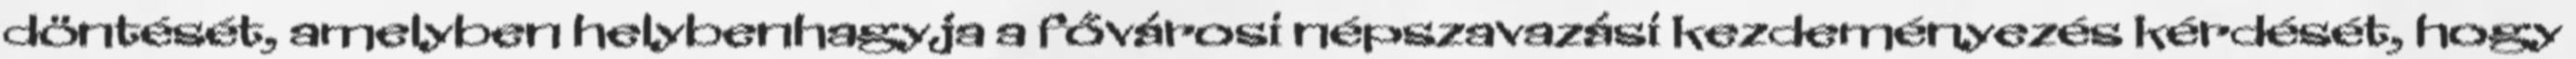
döntését, amelyben helybenhagyja a fővárosi népszavazási kezdeményezés kérdését, hogy